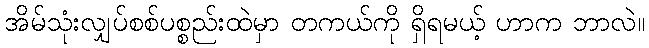
အိမ်သုံးလျှပ်စစ်ပစ္စည်းထဲမှာ တကယ်ကို ရှိရမယ့် ဟာက ဘာလဲ။